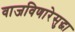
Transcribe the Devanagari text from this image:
वाजविणारेसुद्धा